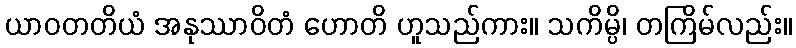
ယာဝတတိယံ အနုဿာဝိတံ ဟောတိ ဟူသည်ကား။ သကိမ္ပိ၊ တကြိမ်လည်း။